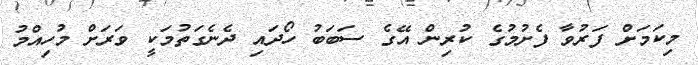
މިކަމަށް ފަރުވާ ފެށުމުގެ ކުރިން އޭގެ ސަބަބު ހޯދައި ދެނެގަތުމަކީ ވަރަށް މުހިއްމު